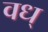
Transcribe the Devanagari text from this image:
वध्